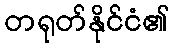
တရုတ်နိုင်ငံ၏